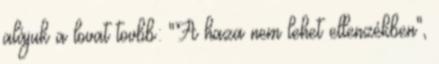
alájuk a lovat tovbb: "A haza nem lehet ellenzékben",